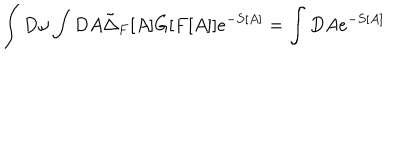
LaTeX: \int D \omega \int D A \tilde { \Delta } _ { F } [ A ] G [ F [ A ] ] e ^ { - S [ A ] } = \int D A e ^ { - S [ A ] }